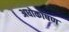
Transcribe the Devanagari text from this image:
अधोकोषण